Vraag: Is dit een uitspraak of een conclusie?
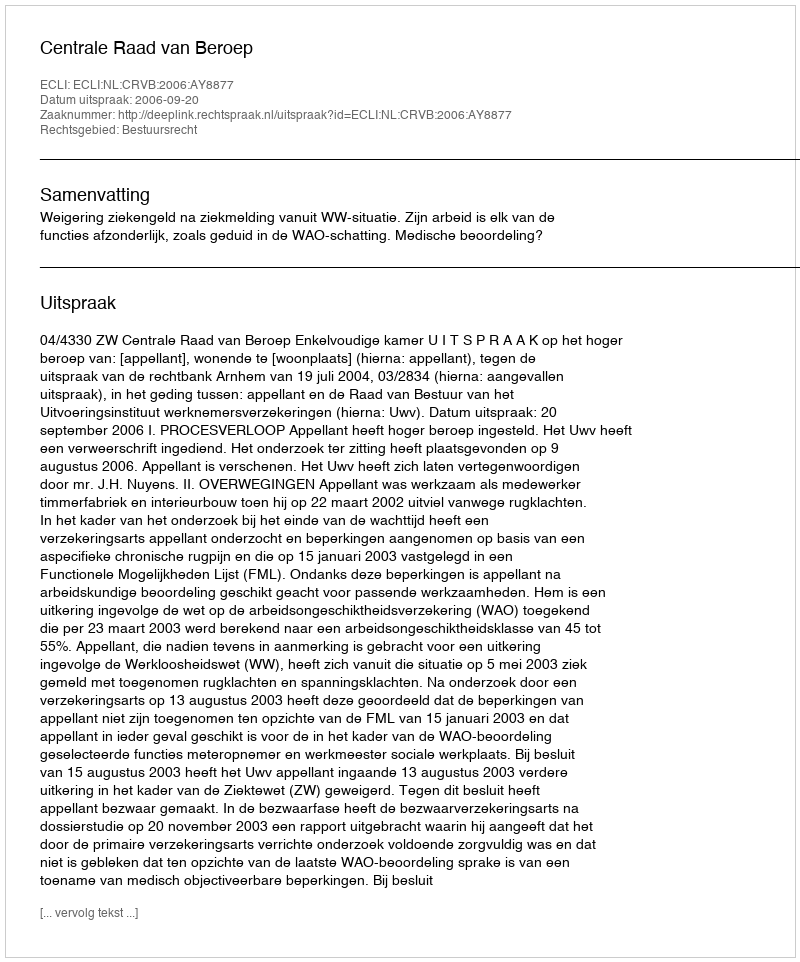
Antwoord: Uitspraak